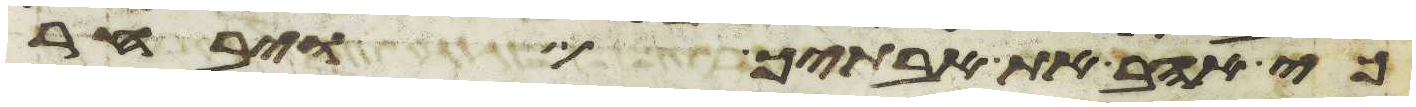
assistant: כי אהב את אבתיך ויבחר